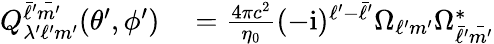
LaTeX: \begin{array}{rl}{Q_{\lambda^{\prime}\ell^{\prime}m^{\prime}}^{\bar{\ell}^{\prime}\bar{m^{\prime}}}(\theta^{\prime},\phi^{\prime})}&{{}=\frac{4\pi c^{2}}{\eta_{0}}(-\mathrm{i})^{\ell^{\prime}-\bar{\ell}^{\prime}}\Omega_{\ell^{\prime}m^{\prime}}\Omega_{\bar{\ell}^{\prime}\bar{m^{\prime}}}^{*}}\end{array}